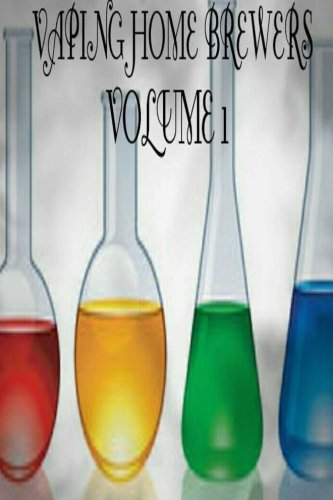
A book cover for Vaping Home Brewers Volume 1 (Vaping Home Brewers Recipe Collection); Damien Smy; Reference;